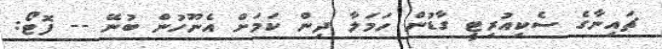
ޗައިނާގެ ސެކިއުރިޓީ ގާޑުން ހަމަލާ ދިން ކަމަށް އެނޫހުން ބުނޭ -- ފޮޓޯ: